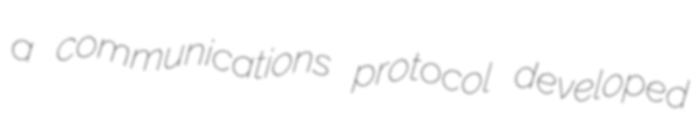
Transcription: a communications protocol developed